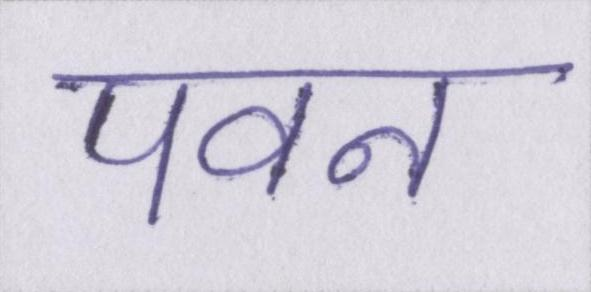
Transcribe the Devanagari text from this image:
पवन